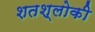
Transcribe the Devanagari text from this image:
शतश्लोकी